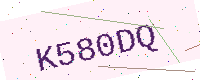
Text: K580DQ